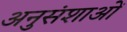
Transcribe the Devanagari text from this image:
अनुसंशाओं